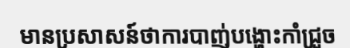
មានប្រសាសន៍ថាការបាញ់បង្ហោះកាំជ្រួច